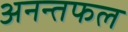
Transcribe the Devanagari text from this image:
अनन्तफल